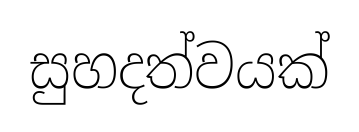
සුහදත්වයක්